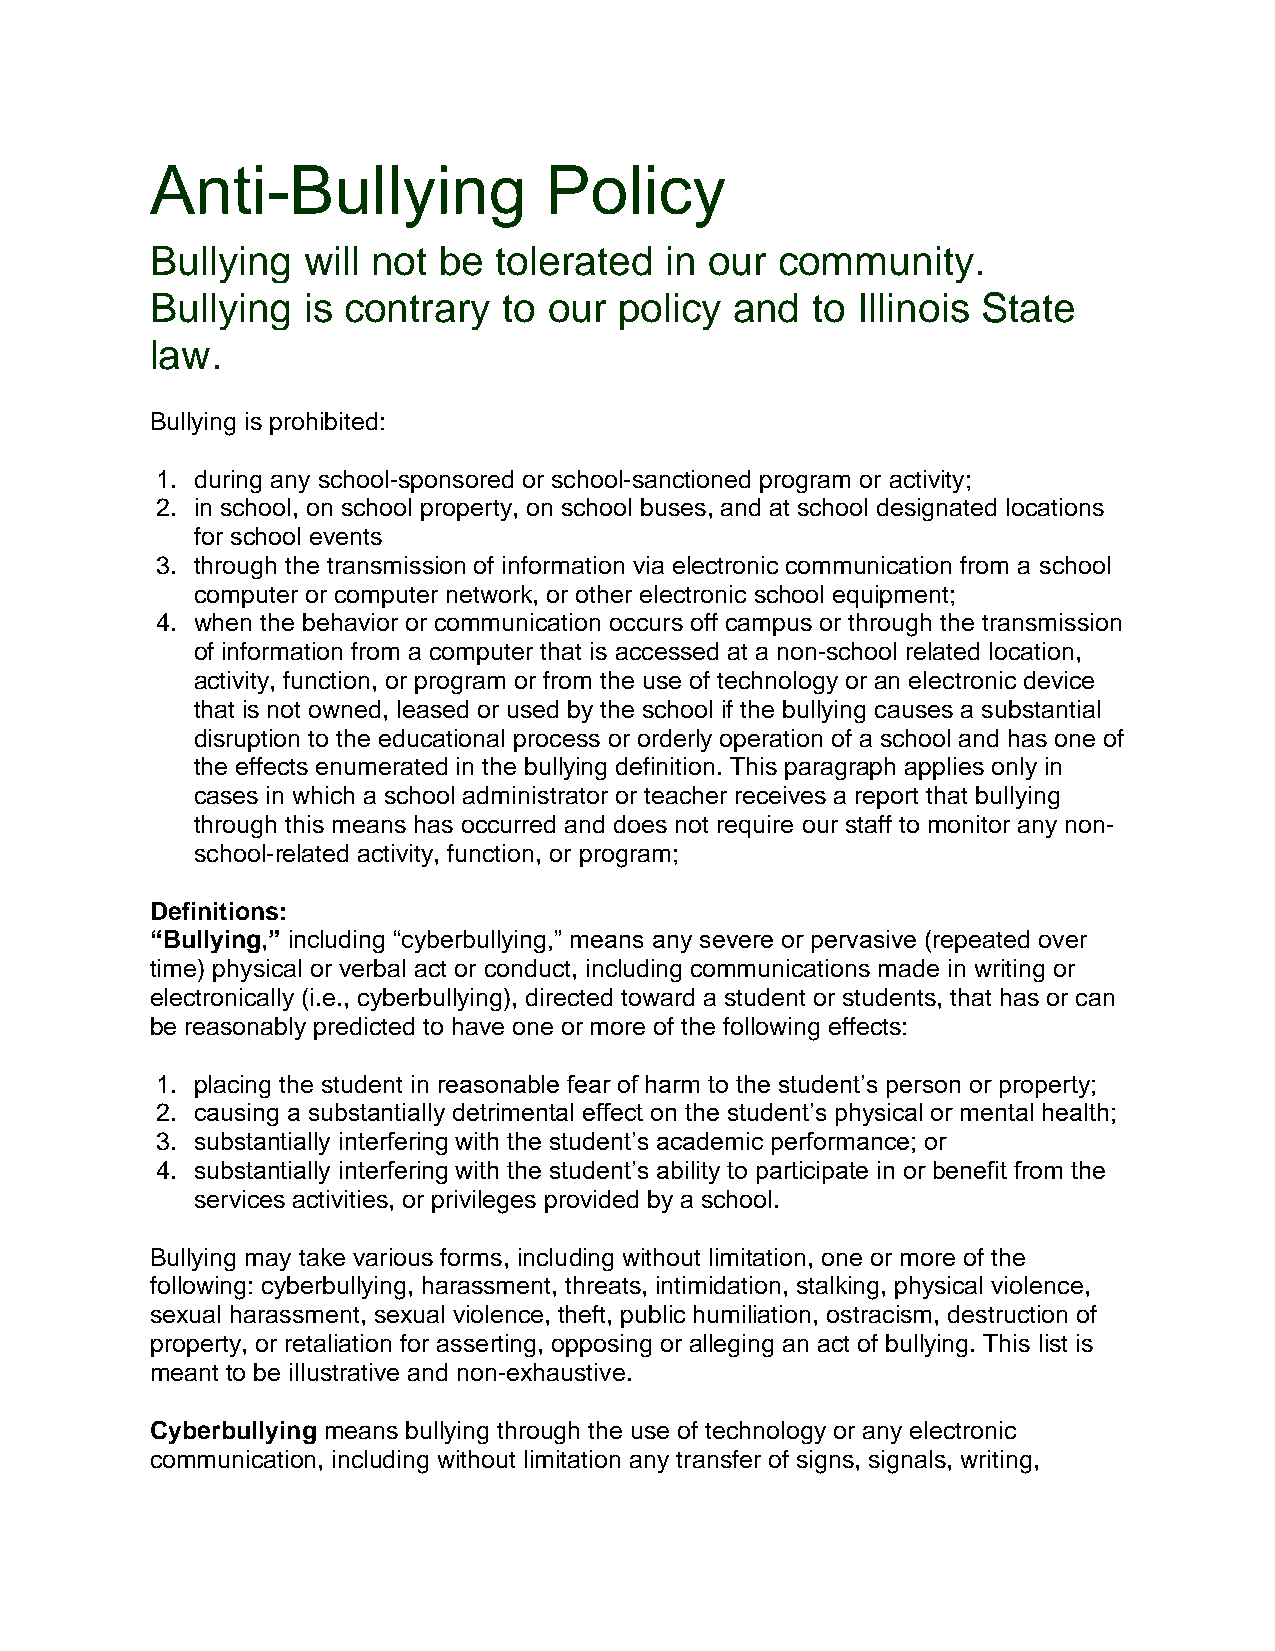
Anti-Bullying             Policy
 Bullying  will not be  tolerated  in our community.
 Bullying  is contrary  to our  policy  and  to Illinois State
 law.
 Bullying is prohibited:
 1. during any school-sponsored or school-sanctioned program or activity;
 2. in school, on school property, on school buses, and at school designated locations
 for school events
 3. through the transmission of information via electronic communication from a school
 computer or computer network, or other electronic school equipment;
 4. when the behavior or communication occurs off campus or through the transmission
 of information from a computer that is accessed at a non-school related location,
 activity, function, or program or from the use of technology or an electronic device
 that is not owned, leased or used by the school if the bullying causes a substantial
 disruption to the educational process or orderly operation of a school and has one of
 the effects enumerated in the bullying definition. This paragraph applies only in
 cases in which a school administrator or teacher receives a report that bullying
 through this means has occurred and does not require our staff to monitor any non-
 school-related activity, function, or program;
 Definitions:
 “Bullying,” including “cyberbullying,” means any severe or pervasive (repeated over
 time) physical or verbal act or conduct, including communications made in writing or
 electronically (i.e., cyberbullying), directed toward a student or students, that has or can
 be reasonably predicted to have one or more of the following effects:
 1. placing the student in reasonable fear of harm to the student’s person or property;
 2. causing a substantially detrimental effect on the student’s physical or mental health;
 3. substantially interfering with the student’s academic performance; or
 4. substantially interfering with the student’s ability to participate in or benefit from the
 services activities, or privileges provided by a school.
 Bullying may take various forms, including without limitation, one or more of the
 following: cyberbullying, harassment, threats, intimidation, stalking, physical violence,
 sexual harassment, sexual violence, theft, public humiliation, ostracism, destruction of
 property, or retaliation for asserting, opposing or alleging an act of bullying. This list is
 meant to be illustrative and non-exhaustive.
 Cyberbullying means bullying through the use of technology or any electronic
 communication, including without limitation any transfer of signs, signals, writing,